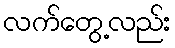
လက်တွေ့လည်း